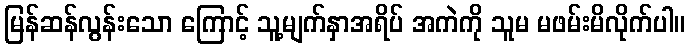
မြန်ဆန်လွန်းသော ကြောင့် သူ့မျက်နှာအရိပ် အကဲကို သူမ မဖမ်းမိလိုက်ပါ။